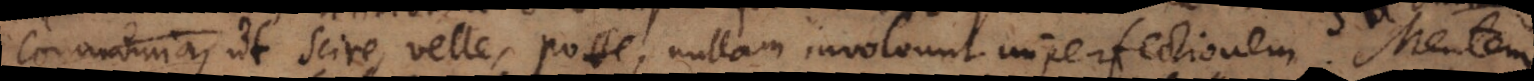
, ut scire, velle, posse, nullam involvunt imperfectionem. Mentem